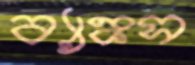
ব্যাঙ্কস